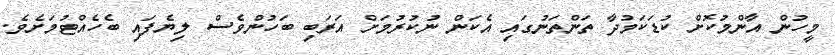
މީހުން އާންމުކޮށް ކުޑަކަމުދާ ތަންތަނުގައި އެކަން ނުކުރުމަށް އަރަބި ބަހުންވެސް ލިޔެފައި ބެހެއްޓުމަށެވެ.